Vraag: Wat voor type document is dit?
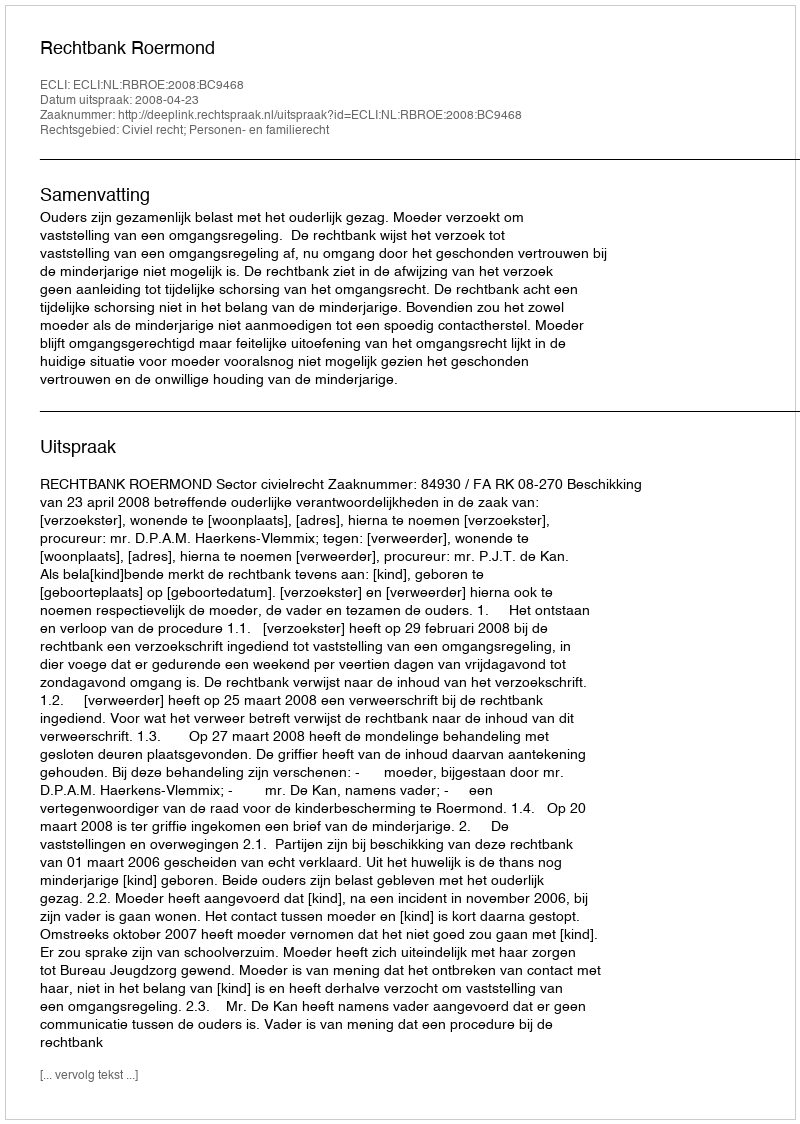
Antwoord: Uitspraak